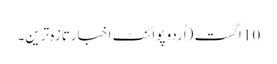
10 اگست (اُردو پوائنٹ اخبارتازہ ترین۔